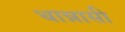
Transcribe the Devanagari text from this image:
थान्नासी